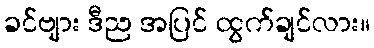
ခင်ဗျား ဒီည အပြင် ထွက်ချင်လား။